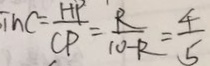
i n c = \frac { H P } { C P } = \frac { R } { 1 0 - R } = \frac { 4 } { 5 }